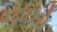
વફાદારો